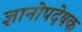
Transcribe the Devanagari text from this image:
ज्ञानोपदेषक